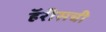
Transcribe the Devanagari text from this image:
हॅरीसची